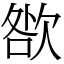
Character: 㰶